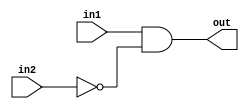
module top_module (
    input in1,
    input in2,
    output out);

    // 
    assign out = in1 & (~in2);

    // 
    and an2(out, in1, ~in2);
    
endmodule